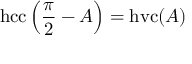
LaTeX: \operatorname { h c c } \left( { \frac { \pi } { 2 } } - A \right) = \operatorname { h v c } ( A )